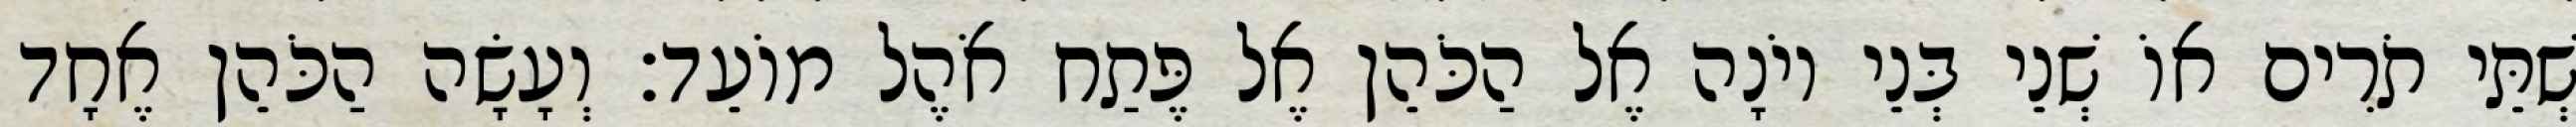
שְׁתֵּי תֹרִים אוֹ שְׁנֵי בְּנֵי יוֹנָה אֶל הַכֹּהֵן אֶל פֶּתַח אֹהֶל מוֹעֵד׃ וְעָשָׂה הַכֹּהֵן אֶחָד